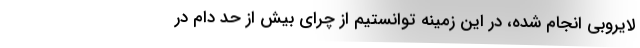
لایروبی انجام شده، در این زمینه توانستیم از چرای بیش از حد دام در